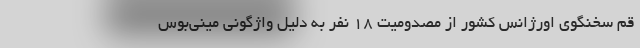
قم سخنگوی اورژانس کشور از مصدومیت ۱۸ نفر به دلیل واژگونی مینی‌بوس